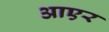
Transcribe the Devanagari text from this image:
आएर